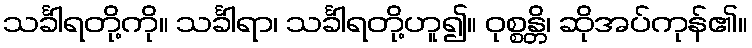
သင်္ခါရတို့ကို။ သင်္ခါရာ၊ သင်္ခါရတို့ဟူ၍။ ဝုစ္စန္တိ၊ ဆိုအပ်ကုန်၏။